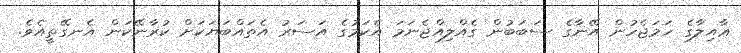
ޢާއިލާގެ ހަމަޖެހުން އޭނާގެ ސަބަބުން ގެއްލިއްޖެނަމަ އެކަމުގެ އަސަރު އެތައްބަޔަކަށް ކުރާނޭކަން އެނގޭތީއެވެ.